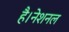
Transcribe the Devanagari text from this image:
है।नेशनल